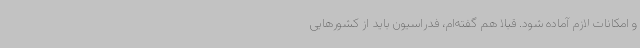
و امکانات لازم آماده شود. قبلا هم گفته‌ام، فدراسیون باید از کشورهایی